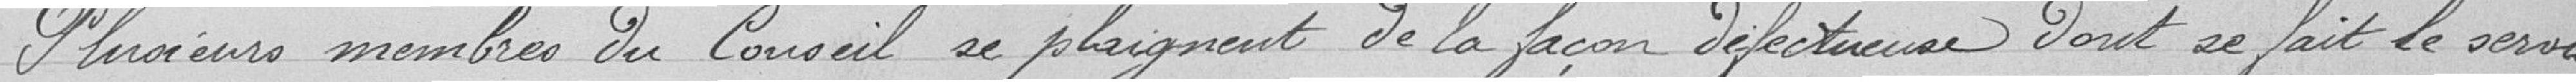
Plusieurs membres du Conseil se plaignent de la façon défectueuse dont se fait le service